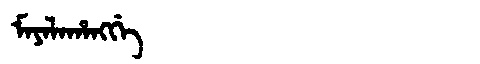
Manchu: ᠮᠠᠶᠠᠯᠠᡥᠠᠩᡤᡝ
Romanization: MAYALAHANGGE